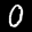
Label: 0